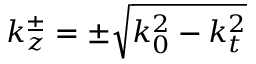
k _ { z } ^ { \pm } = \pm \sqrt { k _ { 0 } ^ { 2 } - k _ { t } ^ { 2 } }